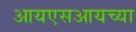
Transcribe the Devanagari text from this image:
आयएसआयच्या